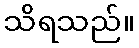
သိရသည်။